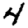
Digit: 4